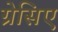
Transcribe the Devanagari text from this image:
ग्रेसिए